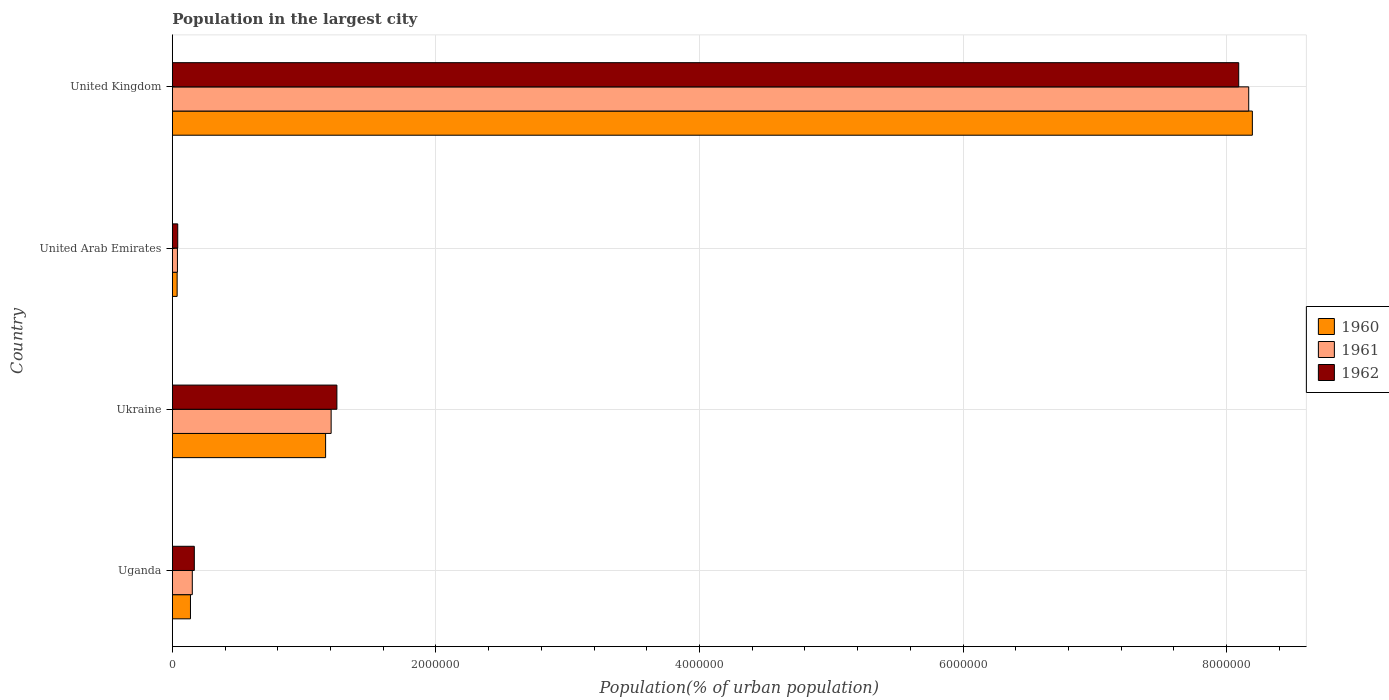
| Country | 1960 | 1961 | 1962 |
 | --- | --- | --- | --- |
 | Uganda | 1.37e+05 | 1.51e+05 | 1.67e+05 |
 | Ukraine | 1.16e+06 | 1.21e+06 | 1.25e+06 |
 | United Arab Emirates | 3.63e+04 | 3.85e+04 | 4.09e+04 |
 | United Kingdom | 8.2e+06 | 8.17e+06 | 8.09e+06 |